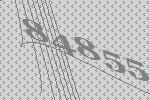
84855